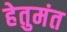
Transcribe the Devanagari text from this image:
हेतुमंत